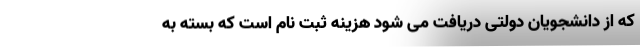
که از دانشجویان دولتی دریافت می شود هزینه ثبت نام است که بسته به